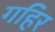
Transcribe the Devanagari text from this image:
गहिर